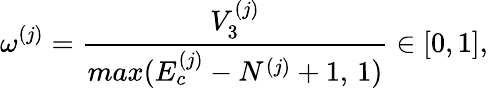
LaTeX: \omega^{(j)}=\frac{V_{3}^{(j)}}{max(E_{c}^{(j)}-N^{(j)}+1,\, 1)}\in[0,1],